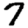
Digit: 7